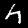
Label: 4